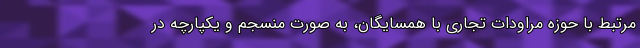
مرتبط با حوزه مراودات تجاری با همسایگان، به صورت منسجم و یکپارچه در